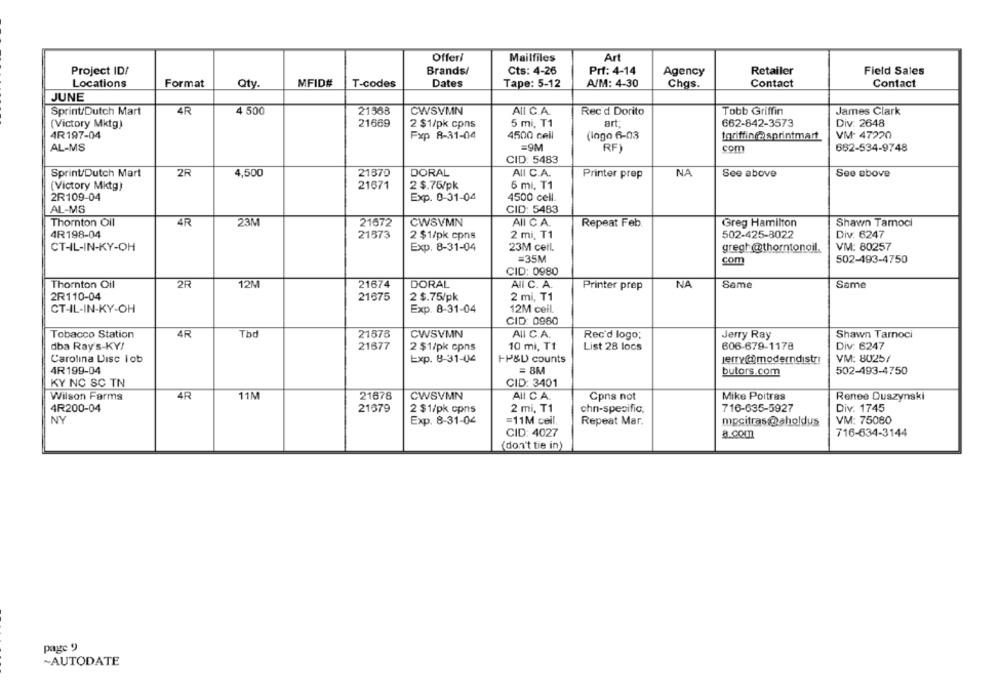
Offeri
Mailfiles
Art
Project ID/
Brands/
Cts: 4-26
Prf: 4-14
Agency
Retailer
Field Sales
Locations
Qty
MFID#
Dates
A/M: 4-30
Contact
Contact
Format
T-codes
Tape: 5-12
Chas.
JUNE
4 500
21368
CWSVMN
All C.A.
Tobb Griffin
James Clark
Sprint/Dutch Mart
4R
Rec'd Dorito
(Victory Mktg)
21669
2 $1/pk cpns
5 mi, T1
art:
662-842-3573
Div. 2648
4R197-04
Fxp 8-31-04
4500 cell
(logo 6-03
toriffing sprintmart
VM- 47220
AL-MS
=9M
RF)
com
662-534-9748
CID: 5483
Sprint/Dutch Mart
2R
4,500
21370
DORAL
AII C.A.
NA
See above
See above
Printer prep
(Victory Mktg)
21671
2 $.76/pk
6 mi, T1
2R109-04
Exp. 0-31-04
4500 cell.
AL-MS
CID: 5483
Thornton Oil
4R
23M
21672
CWSVMN
AII C.A.
Shawn Tamnoci
Repeat Feb
Greg Hamilton
4R198-04
21573
2 $1/pk cpns
2 mi, T1
502-425-8022
Div: 6247
CT-IL-IN-KY-OH
Exp. 8-31-04
23M ceil.
gregh@thorntonoil.
VM: 80257
=35M
com
502-493-4750
CID: 0980
Thornton Oil
12M
21674
DORAL
All C. A.
Same
Same
2R
Printer prep
NA
2R110-04
21675
2 $.75/pk
2 mi, T1
CT-IL-IN-KY-OH
Exp. 8-31-04
12M ceil.
CID: 0980
Tbd
Tobacco Station
4R
21878
CWSVMN
All C.A.
Rec'd logo;
Jerry Ray
Shawn Tarnoci
dba Ray's-KY/
21677
10 mi, T1
List 28 locs
606-679-1178
Div: 6247
2 $1/pk cpns
Carolina Disc lob
Exp. 8-31-04
HP&D counts
jerry@@moderndistri
VM: 8025/
4R 199-04
= 8M
butors.com
502-493-4750
KY NC SC TN
CID: 3401
4R
11M
21678
CWSVMN
Mike Poitras
Wilson Farms
All C.A.
Cpns not
Renee Duszynski
4R200-04
21679
chn-specific.
Div. 1745
2 $1/pk cpns
2 mi, T1
716-635-5927
NY
Exp. 8-31-04
=11M cell.
Repeat Mar.
mpcitras @aholdus
VM: 75080
CID: 4027
a.com
716-634-3144
(don't tie in)
page 9
~AUTODATE